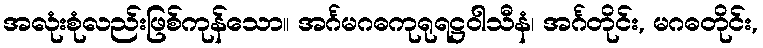
အလုံးစုံလည်းဖြစ်ကုန်သော။ အင်္ဂမဂဓကုရုရဋ္ဌဝါသီနံ၊ အင်္ဂတိုင်း, မဂဓတိုင်း,